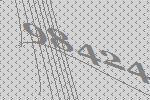
98424